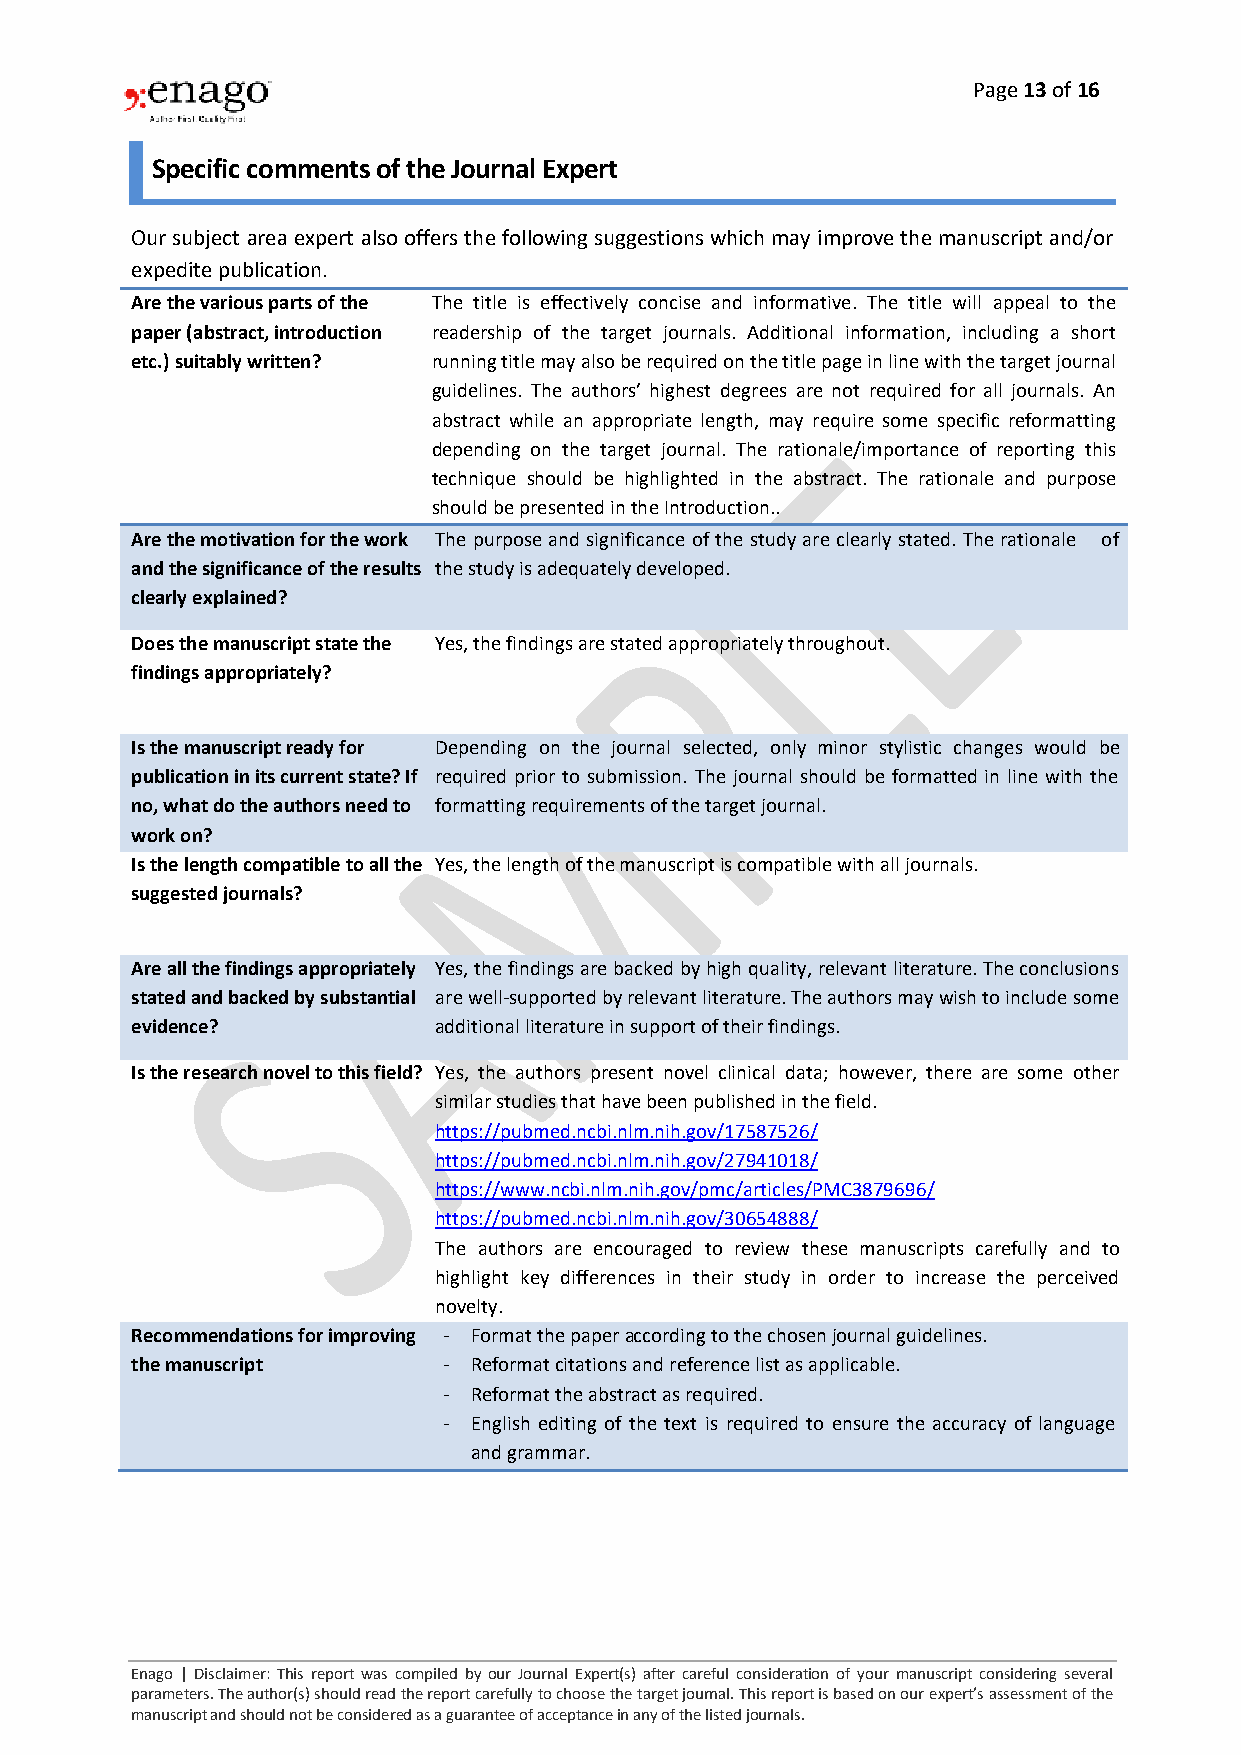
Page 13 of 16
 Specific comments of the Journal Expert
 Our subject area expert also offers the following suggestions which may improve the manuscript and/or
 expedite publication.
 Are the various parts of the The title is effectively concise and informative. The title will appeal to the
 paper (abstract, introduction readership of the target journals. Additional information, including a short
 etc.) suitably written? running title may also be required on the title page in line with the target journal
 guidelines. The authors’ highest degrees are not required for all journals. An
 abstract while an appropriate length, may require some specific reformatting
 depending on the target journal. The rationale/importance of reporting this
 technique should be highlighted in the abstract. The rationale and purpose
 should be presented in the Introduction..
 Are the motivation for the work The purpose and significance of the study are clearly stated. The rationale of
 and the significance of the results the study is adequately developed.
 clearly explained?
 Does the manuscript state the Yes, the findings are stated appropriately throughout.
 findings appropriately?
 Is the manuscript ready for Depending on the journal selected, only minor stylistic changes would be
 publication in its current state? If required prior to submission. The journal should be formatted in line with the
 no, what do the authors need to formatting requirements of the target journal.
 work on?
 Is the length compatible to all the Yes, the length of the manuscript is compatible with all journals.
 suggested journals?
 Are all the findings appropriately Yes, the findings are backed by high quality, relevant literature. The conclusions
 stated and backed by substantial are well-supported by relevant literature. The authors may wish to include some
 evidence?           additional literature in support of their findings.
 Is the research novel to this field? Yes, the authors present novel clinical data; however, there are some other
 similar studies that have been published in the field.
 https://pubmed.ncbi.nlm.nih.gov/17587526/
 https://pubmed.ncbi.nlm.nih.gov/27941018/
 https://www.ncbi.nlm.nih.gov/pmc/articles/PMC3879696/
 https://pubmed.ncbi.nlm.nih.gov/30654888/
 The authors are encouraged to review these manuscripts carefully and to
 highlight key differences in their study in order to increase the perceived
 novelty.
 Recommendations for improving - Format the paper according to the chosen journal guidelines.
 the manuscript      - Reformat citations and reference list as applicable.
 - Reformat the abstract as required.
 - English editing of the text is required to ensure the accuracy of language
 and grammar.
 Enago | Disclaimer: This report was compiled by our Journal Expert(s) after careful consideration of your manuscript considering several
 parameters. The author(s) should read the report carefully to choose the target journal. This report is based on our expert’s assessment of the
 manuscript and should not be considered as a guarantee of acceptance in any of the listed journals.